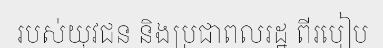
របស់យុវជន និងប្រជាពលរដ្ឋ ពីរបៀប